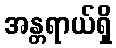
အန္တရာယ်ရှိ